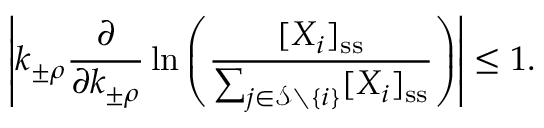
\left| k _ { \pm \rho } \frac { \partial } { \partial k _ { \pm \rho } } \ln \left( \frac { [ X _ { i } ] _ { \mathrm { s s } } } { \sum _ { j \in \mathcal { S } \setminus \{ i \} } [ X _ { i } ] _ { \mathrm { s s } } } \right) \right| \leq 1 .